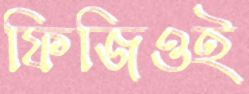
ফিজিওই